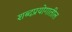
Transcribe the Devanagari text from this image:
शब्दप्रयोगातील